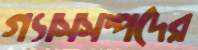
গ্যাসসম্পদের